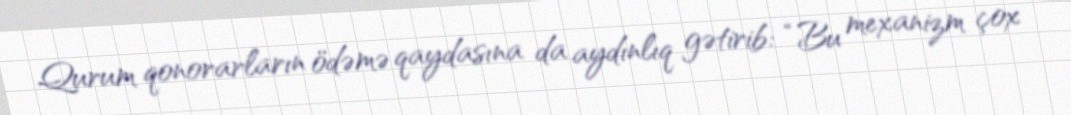
Qurum qonorarların ödəmə qaydasına da aydınlıq gətirib: “Bu mexanizm çox